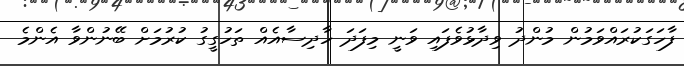
ފާހަގަކުރައްވަމުން މުންދު ވިދާޅުވެފައި ވަނީ މިފަދަ ހާދިސާއެއް ތަހުގީގު ކުރުމަށް ބޭނުންވާ އެންމެ